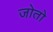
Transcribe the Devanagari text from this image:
जोतो